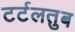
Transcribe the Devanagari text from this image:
टर्टलतुब